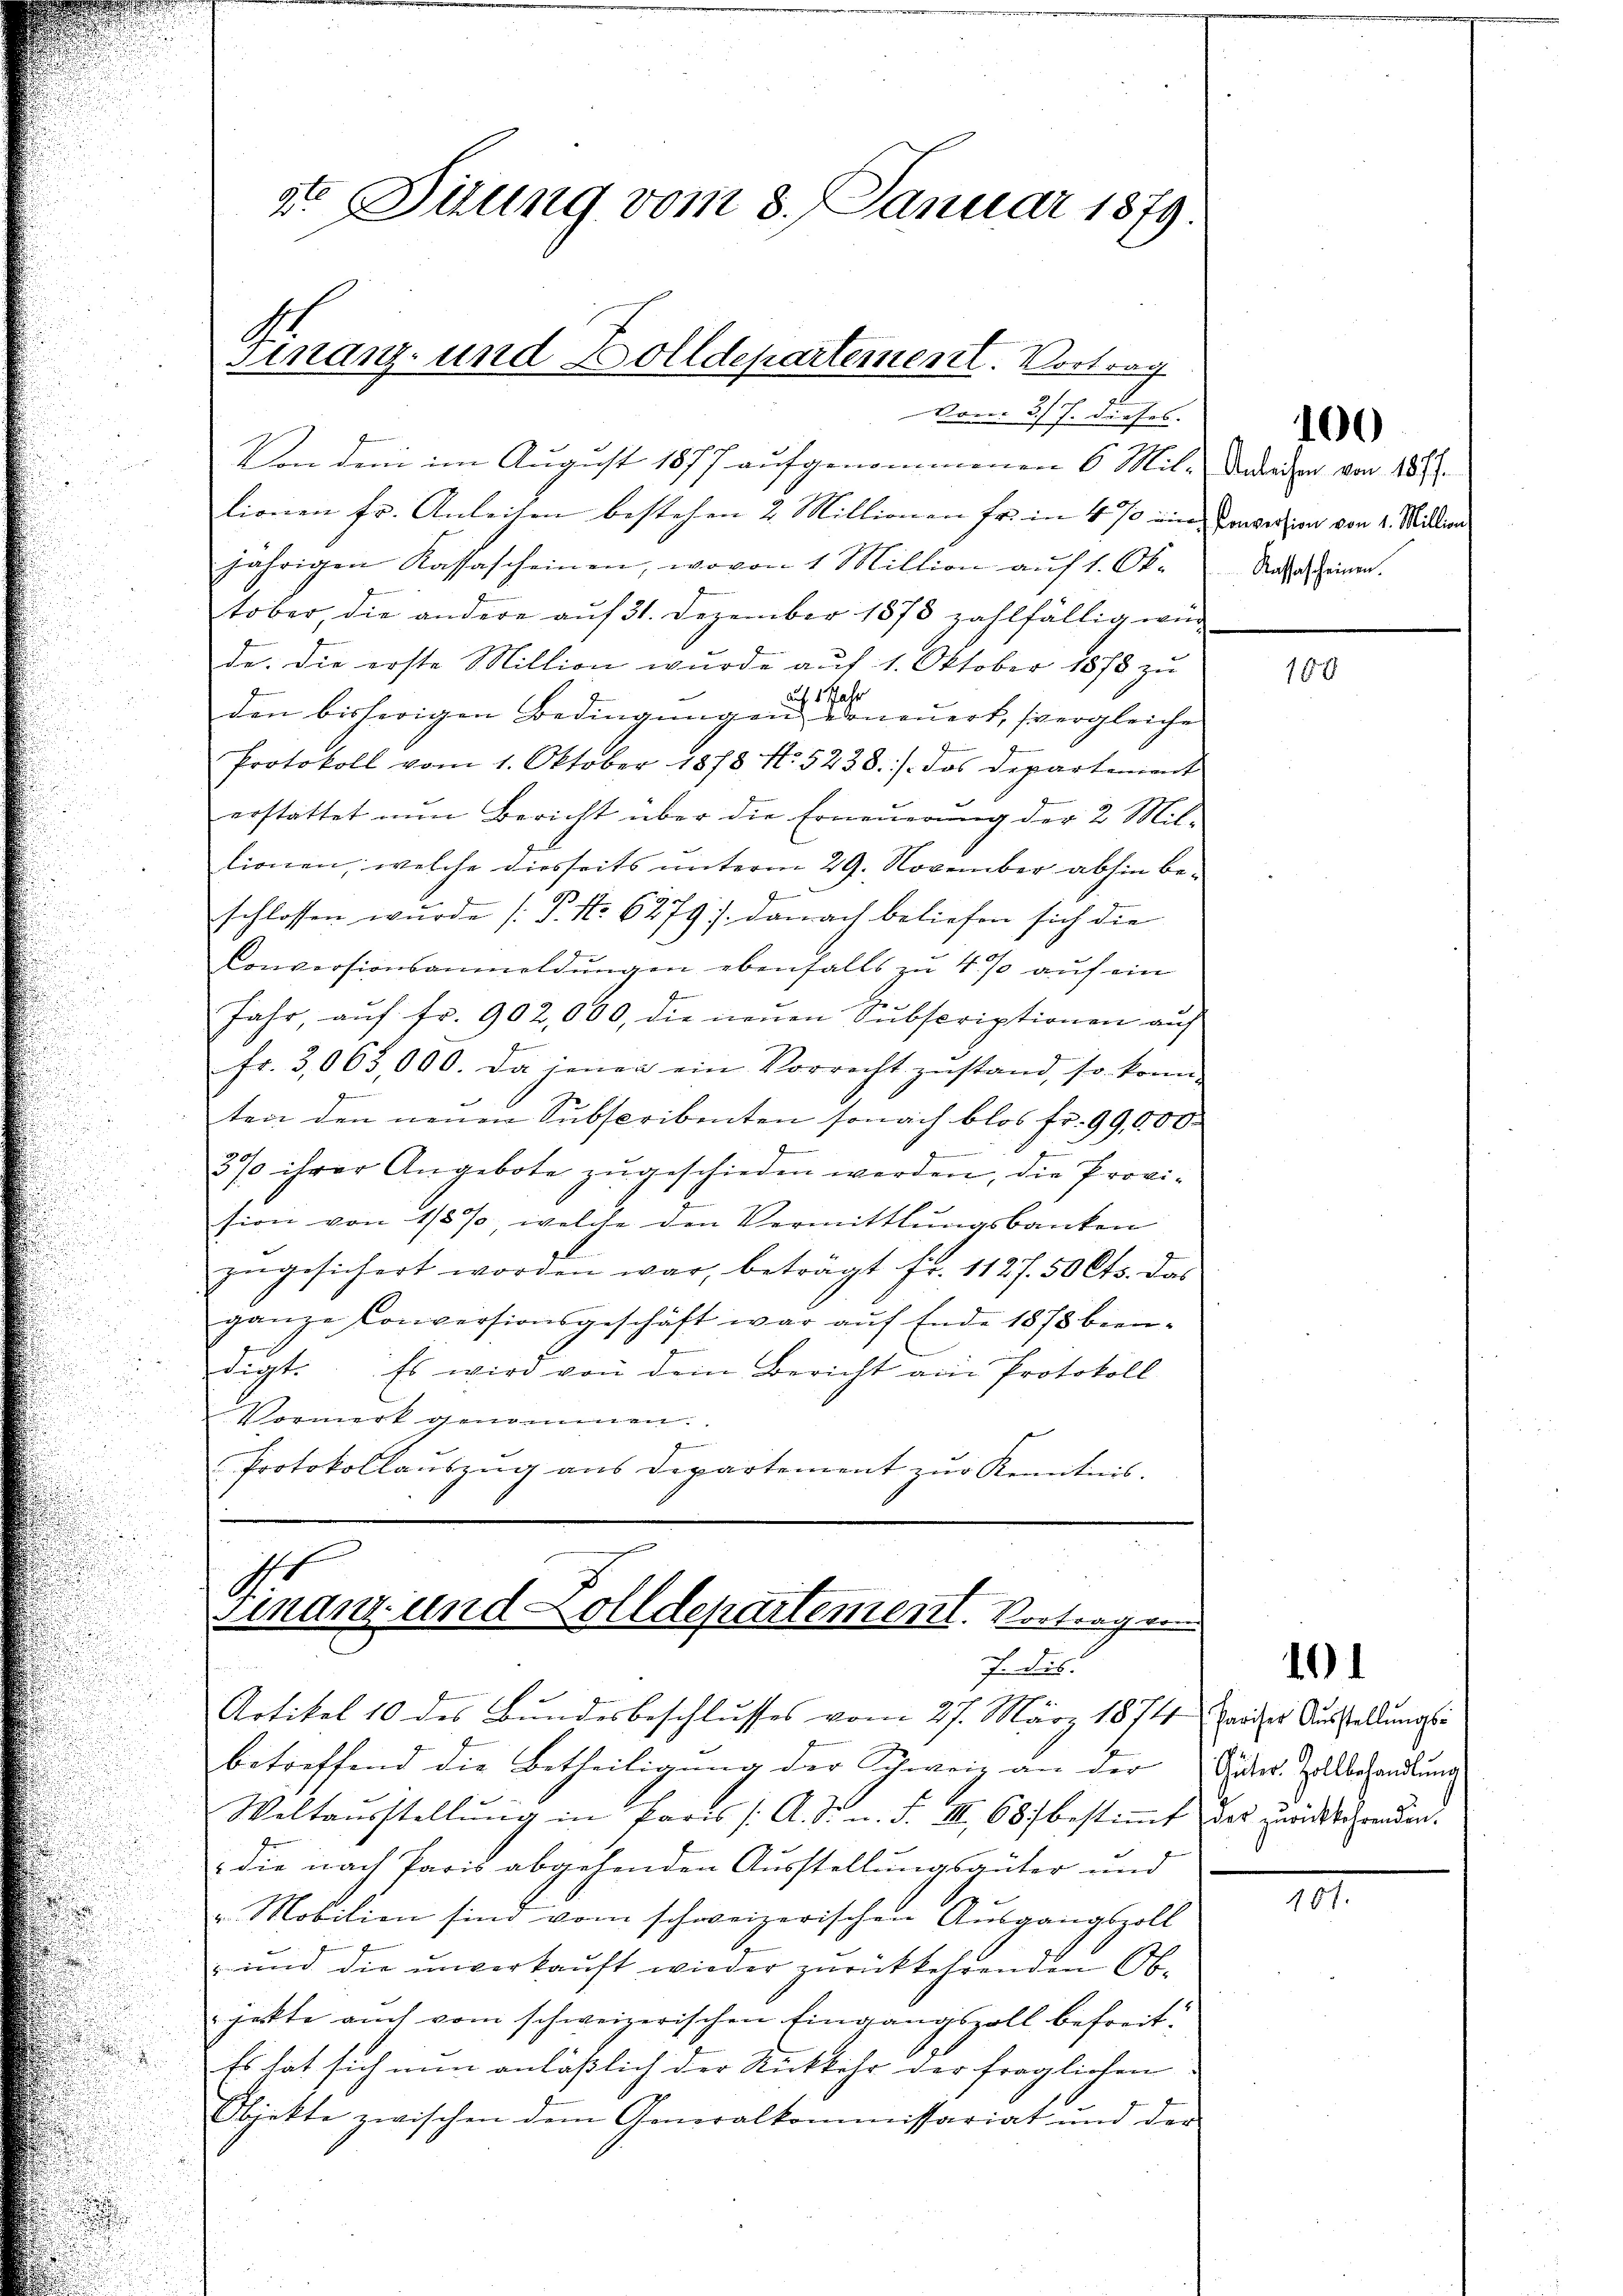
vom 3. J. dieses. |
Von dem im August 1877 aufgenommenen 6 Mil- Anderer von 187
lionen fr. Anleisen bestehen 2. Millionen für in 4 % ein, Cancession von 4. Millin
jährigen Kassascheinen, wovon 1 Million auf 1. Ok-
tober, die andere auf 31. Dezember 1878 zahlfällig wur
de. Die erste Million wurde auf 1. Oktober 1878 zu
1 Jahr
auf
den bisherigen Bedingŭngen erneuert, vergleiche
Protokoll vom 1. Oktober 1878 No. 5238. /. das Departement
erstattet nŭn Bericht über die Erneŭerŭng der 2 Mil-
tionen, welche diesseits unterm 29. November abhin beschlossen wurde (T. No. 6279). Danach beliefen sich die
Conversionsanmeldungen ebenfalls zu 4% auf ein
Jahr, aŭf fr. 902,000, die neŭen Subscriptionen aŭf
fr. 3,063,000. Da jenen ein Vorrecht zŭstand, so konn-
ten den neuen Subscribenten sonach blos Fr. 99,000
x
3% ihrer Angebote zugeschieden werden, die Provision von 1/5% welche den Vermittlungsbanken
zŭgesichert worden war, beträgt fr. 1127. 50 Cts. das
ganze Conversionsgeschäft war aŭf Ende 1878 been-
digt. Es wird von dem Bericht am Protokoll
Vormerk genommen.
f
Protokollauszug aus Departement zur Kenntnis.

2 Suung vom 8. Januar 1879.

Finanz- und Zolldepartement. Vortrag

Finanz- und Zolldepartement. Vortragen
fdis.

Rassascheinen.

Artikel 10 des Bundesbeschlusses vom 27. März 1874 werdes Ausstellung si
betreffend die Betheiligung der Schweiz an der Güter Zubehandlung
Weltausstellŭng in Paris /: A. S. n. 3. III 681 bestimmt das zurückkehrenden.
 die nach Paris abgehenden Ausstellungsgüter und
" Mobilien sind vom schweizerischen Ausgangszoll
" und die unverkaŭft wieder zurückkehrenden Ob-
jekte auch vom schweizerischen Eingangszoll befreit¬
Es hat sich nun anläßlich der Rückkehr der fraglichen
Objekte zwischen dem Generalkommissariat und der

100

150

10